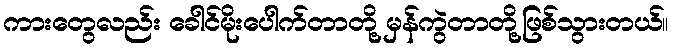
ကားတွေလည်း ခေါင်မိုးပေါက်တာတို့ မှန်ကွဲတာတို့ဖြစ်သွားတယ်။